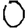
Digit: 0